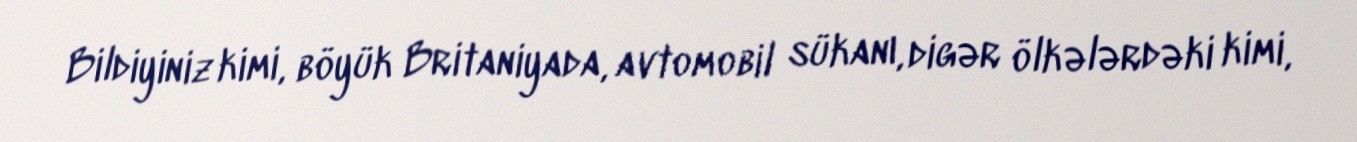
Bildiyiniz kimi, böyük Britaniyada, avtomobil sükanı, digər ölkələrdəki kimi,